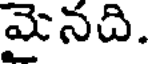
మైనది.